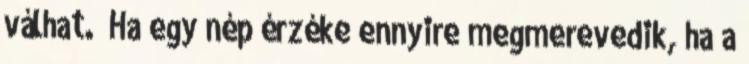
válhat. „Ha egy nép érzéke ennyire megmerevedik, ha a